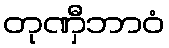
တုဏှီဘာဝံ